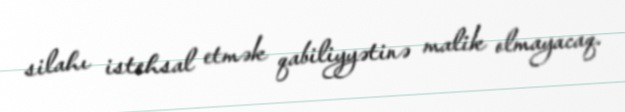
silahı istehsal etmək qabiliyyətinə malik olmayacaq.